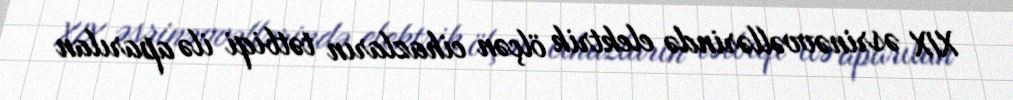
XIX əsrinəvvəllərində elektrik ölçən cihazların tətbiqi ilə aparılan